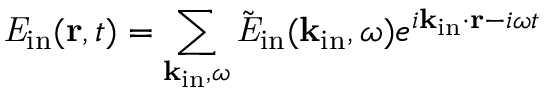
{ \it E } _ { \mathrm { i n } } ( { \bf r } , t ) = \sum _ { { \bf k } _ { \mathrm { i n } } , \omega } \tilde { \it E } _ { \mathrm { i n } } ( { \bf k } _ { \mathrm { i n } } , \omega ) e ^ { i { \bf k } _ { \mathrm { i n } } \cdot { \bf r } - i \omega t }